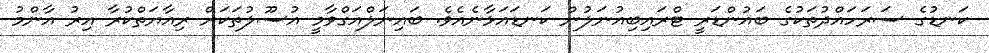
ކަނޑުގެ ސަރަހައްދުތަކުގެ ބައުންޑަރީ ޓްރައިބިއުނަލުން ކަނޑައަޅާނެއެވެ. ބައިނަލްއަގްވާމީ އުސޫލުތަކަށް ރިއާޔަތްކުރާ އިރު އާންމު